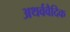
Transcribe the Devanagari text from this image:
अथर्ववैदिक